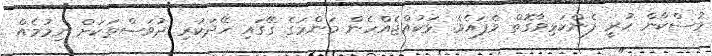
މުސްކާން ހުރީ ފެންކަޅިވާގޮތް ވެފައެވެ. ޅަކުއްޖެއްހެން މަންމަގެ ގޭގައި ހޭދަކުރި ދުވަސްތަކަށް ނިމުމެއް